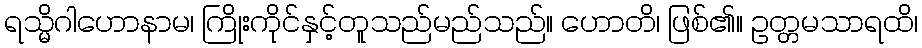
ရသ္မိဂါဟောနာမ၊ ကြိုးကိုင်နှင့်တူသည်မည်သည်။ ဟောတိ၊ ဖြစ်၏။ ဥတ္တမသာရထိ၊